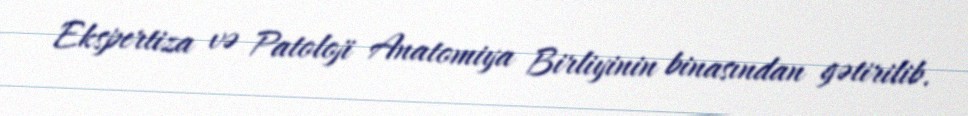
Ekspertiza və Patoloji Anatomiya Birliyinin binasından gətirilib.